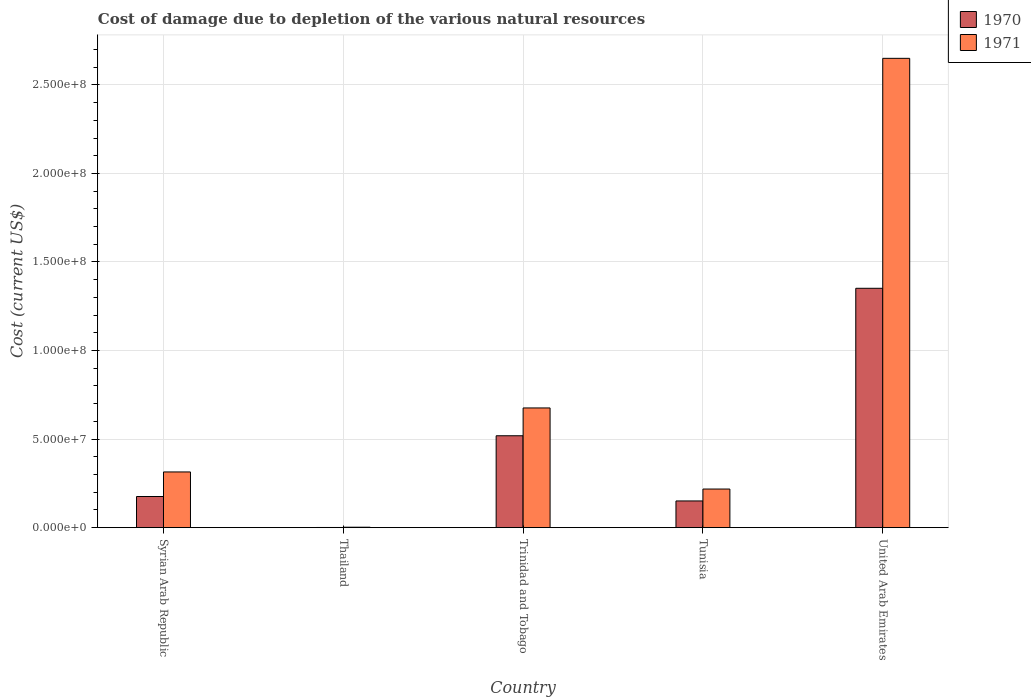
| Country | 1970 | 1971 |
 | --- | --- | --- |
 | Syrian Arab Republic | 1.76e+07 | 3.14e+07 |
 | Thailand | 9e+04 | 2.43e+05 |
 | Trinidad and Tobago | 5.19e+07 | 6.76e+07 |
 | Tunisia | 1.51e+07 | 2.18e+07 |
 | United Arab Emirates | 1.35e+08 | 2.65e+08 |